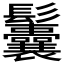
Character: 𩰉